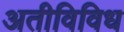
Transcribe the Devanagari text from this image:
अतीविविध